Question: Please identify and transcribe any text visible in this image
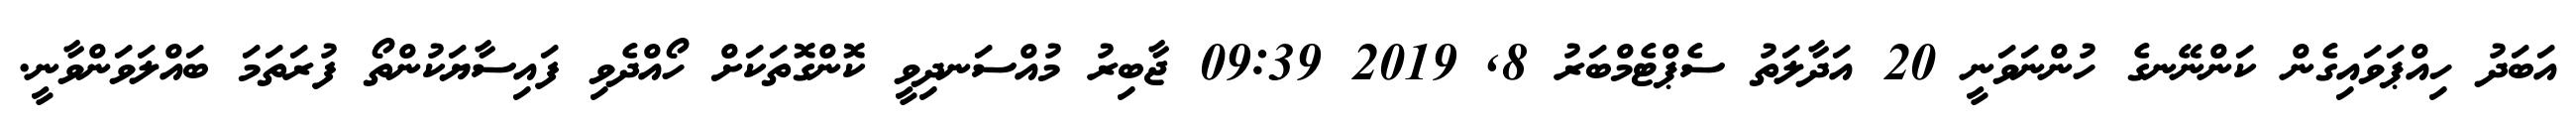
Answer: އަބަދު ހިއްޕަވައިގެން ކަންނޭނގެ ހުންނަވަނީ 20 އަދާލަތު ސެޕްޓެމްބަރު 8, 2019 09:39 ޖާބިރު މުއްސަނދިވީ ކޮންގޮތަކަށް ހޯއްދެވި ފައިސާޔަކުންތޯ ފުރަތަމަ ބައްލަވަންވާނީ.